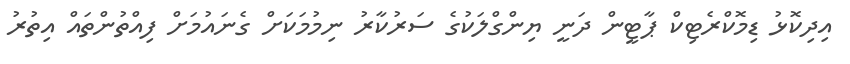
އިދިކޮޅު ޑިމޮކްރެޓިކް ޕާޓީން ދަނީ ޔިންގްލަކުގެ ސަރުކާރު ނިމުމަކަށް ގެނައުމަށް ފިއްތުންތައް އިތުރު